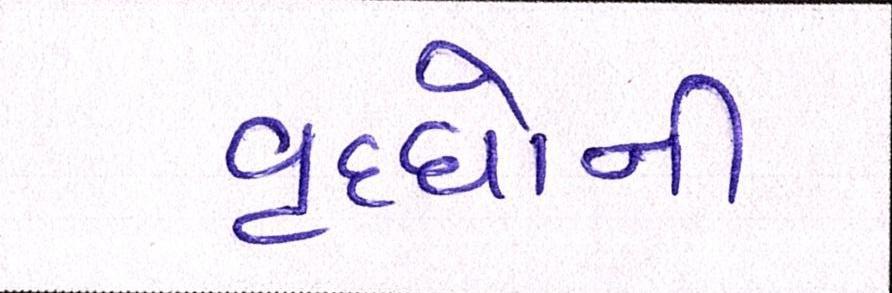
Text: વૃધ્ધોની